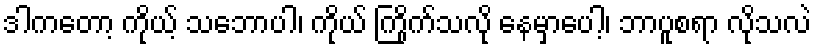
ဒါကတော့ ကိုယ့် သဘောပါ၊ ကိုယ် ကြိုက်သလို နေမှာပေါ့၊ ဘာပူစရာ လိုသလဲ